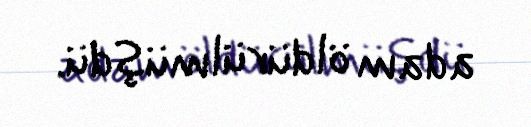
adam öldürülmüşdü.